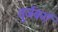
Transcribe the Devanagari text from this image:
वुर्जबर्ग